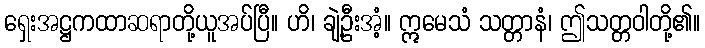
ရှေးအဋ္ဌကထာဆရာတို့ယူအပ်ပြီ။ ဟိ၊ ချဲ့ဦးအံ့။ ဣမေသံ သတ္တာနံ၊ ဤသတ္တဝါတို့၏။